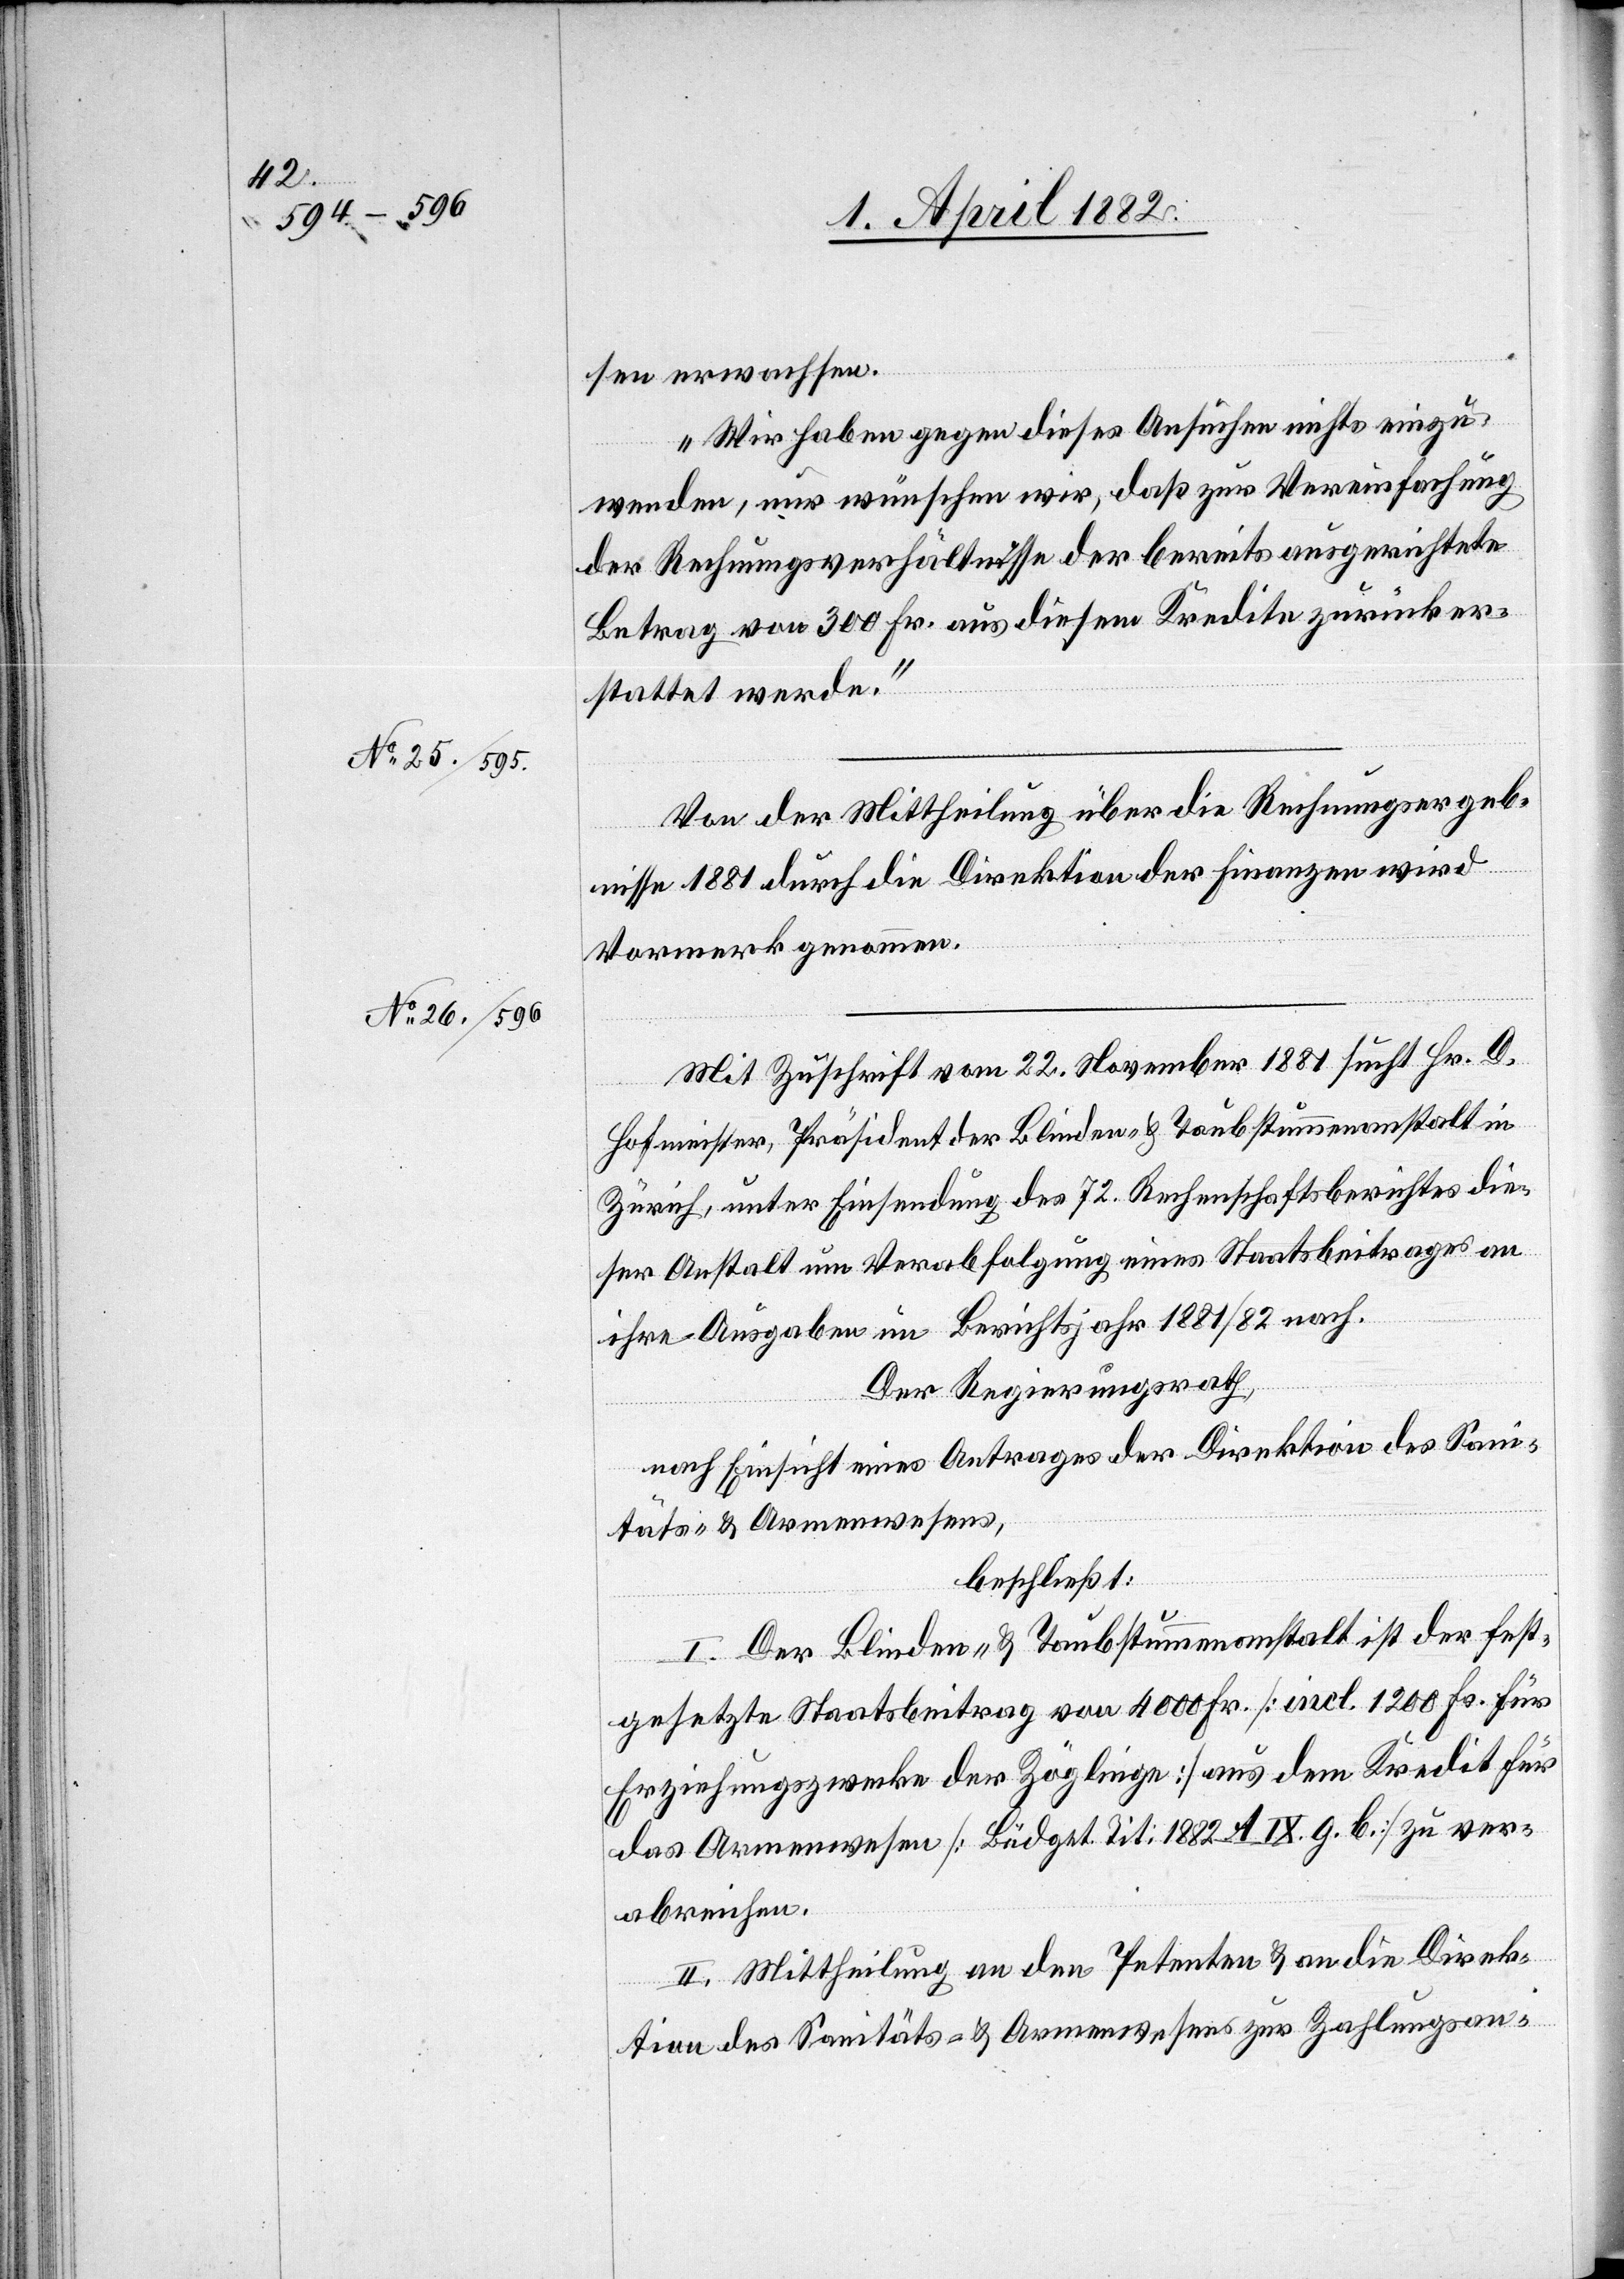
sen erwachsen.
Wir haben gegen dieses Ansuchen nichts einzu¬
wenden, nur wünschen wir, daß zur Vereinfachung
der Rechnungsverhältnisse der bereits ausgerichtete
Betrag von 300 Fr. aus diesem Kredite zurücker¬
stattet werde.“
Von der Mittheilung über die Rechnungsergeb¬
nisse 1881 durch die Direktion der Finanzen wird
Vormerk genommen.
Mit Zuschrift vom 22. November 1881 sucht Hr. D.
Hofmeister, Präsident der Blinden- & Taubstummenanstalt in
Zürich, unter Einsendung des 72. Rechenschaftsberichtes die¬
ser Anstalt um Verabfolgung eines Staatsbeitrages an
ihre Ausgaben im Berichtsjahr 1881/82 nach.
Der Regierungsrath,
nach Einsicht eines Antrages der Direktion des Sani¬
täts- & Armenwesens,
beschließt:
I. Der Blinden- & Taubstummenanstalt ist der fest¬
gesetzte Staatsbeitrag von 4000 Fr. [incl. 1200 Fr. für
Erziehungszwecke der Zöglinge] aus dem Kredit für
das Armenwesen [Büdget Tit: 1882 A. IX. g. b.] zu ver¬
abreichen.
II. Mittheilung an den Petenten & an die Direk¬
tion des Sanitäts- & Armenwesens zur Zahlungsan-